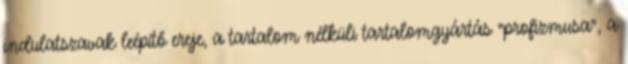
indulatszavak leépítő ereje, a tartalom nélküli tartalomgyártás “profizmusa”, a